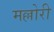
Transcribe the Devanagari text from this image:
मल्लोरी